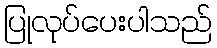
ပြုလုပ်ပေးပါသည်